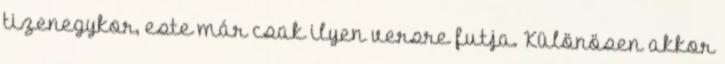
tizenegykor, este már csak ilyen versre futja. Különösen akkor